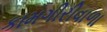
કામગીરીવાળા